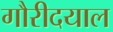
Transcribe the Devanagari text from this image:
गौरीदयाल